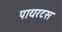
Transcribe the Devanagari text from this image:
पायरटस